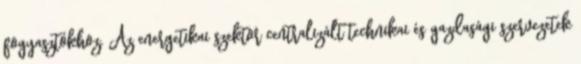
fogyasztókhoz. Az energetikai szektor centralizált technikai és gazdasági szervezetek